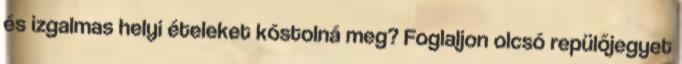
és izgalmas helyi ételeket kóstolná meg? Foglaljon olcsó repülőjegyet